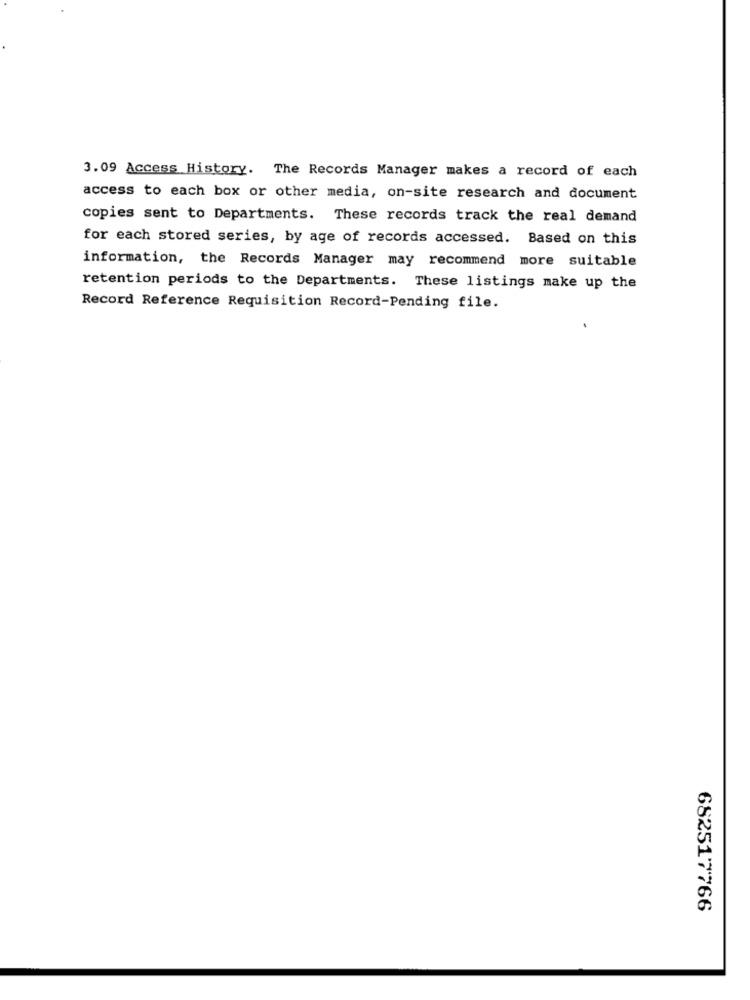
3.09 Access History. The Records Manager makes a record of each
access to each box or other media, on-site research and document
copies sent to Departments. These records track the real demand
for each stored series, by age of records accessed. Based on this
information, the Records Manager may recommend more suitable
retention periods to the Departments. These listings make up the
Record Reference Requisition Record-Pending file.
682517766